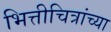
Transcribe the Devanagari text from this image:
भित्तीचित्रांच्या